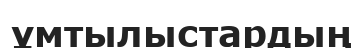
ұмтылыстардың